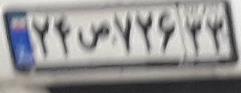
۲۴ص۷۲۶۳۳